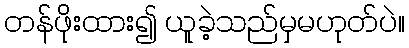
တန်ဖိုးထား၍ ယူခဲ့သည်မှမဟုတ်ပဲ။